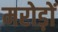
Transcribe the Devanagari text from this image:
मरोड़ों